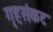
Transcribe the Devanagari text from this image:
गृहसंकट